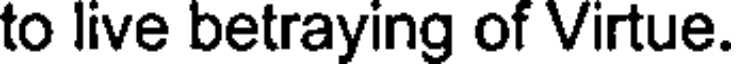
to live betraying of Virtue.